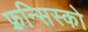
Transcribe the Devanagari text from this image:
फ़्रन्सिस्को